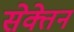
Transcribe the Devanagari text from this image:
सेक्तेन